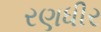
રણધીર